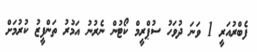
ފެބްރުއަރީ 1 ވަނަ ދުވަހު ސުޕްރީމް ކޯޓުން ނެރުނު އަމުރު ތަންފީޒު ކުރުމަށް